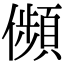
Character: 𠐺